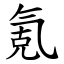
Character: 氪